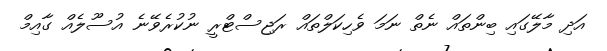
އަދި މާލޭގައި ބިންތައް ނެތް ނަމަ ވެހިކަލްތައް ރަޖިސްޓްރީ ނުކުރެވޭނެ އުސޫލެއް ގާއިމް